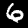
Digit: 6